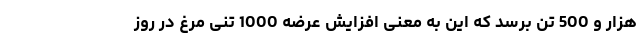
هزار و 500 تن برسد که این به معنی افزایش عرضه 1000 تنی مرغ در روز